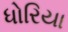
ધોરિયા